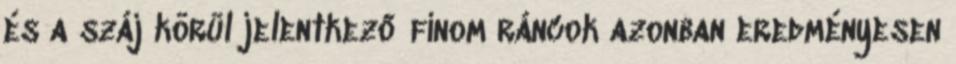
és a száj körül jelentkező finom ráncok azonban eredményesen